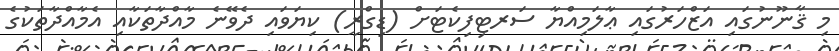
މި ޤާނޫނުގައި އަޒްހަރުގައި ޢާލަމިއްޔާ ސަރޓިފިކެޓަށް (ޑިގްރީ) ކިޔަވައި ދެވޭނެ މާއްދާތަކާއި އެމާއްދާތަކުގެ